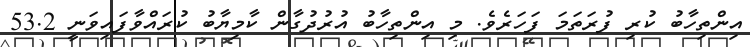
އިންތިހާބު ކުރި ފުރަތަމަ ފަހަރެވެ. މި އިންތިހާބު އުރުދުގާން ކާމިޔާބު ކުރައްވާފައިވަނީ 53.2